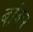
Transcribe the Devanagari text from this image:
बांकर